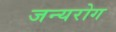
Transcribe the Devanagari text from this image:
जन्‍यरोग